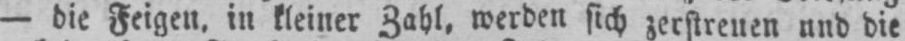
- die Feigen, in kleiner Zahl, werden sich zerstreuen und die